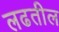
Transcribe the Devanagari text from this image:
लढतील